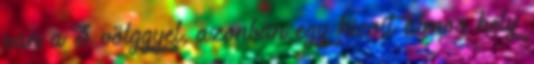
van a 3 völggyel, azonban egy kicsit álmos hely